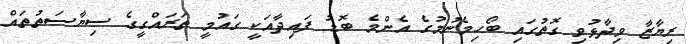
ރިޔާޒާ ވިދާޅުވި ގޮތުގައި ބޯހިމެނުމުގެ އެންމެ ބޮޑު ފައިދާއަކީ ގައުމީ ތަރައްގީގެ ސިޔާސަތުތައް